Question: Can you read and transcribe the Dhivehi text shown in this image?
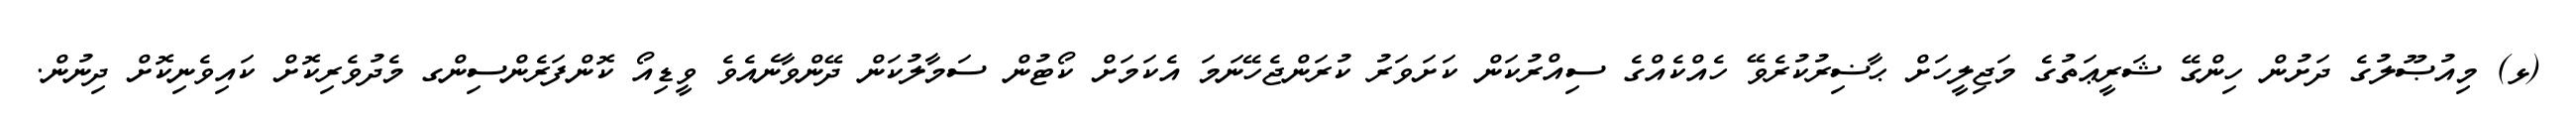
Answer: (ޅ) މިއުޞޫލުގެ ދަށުން ހިންގޭ ޝަރީޢަތުގެ މަޖިލީހަށް ޙާޟިރުކުރެވޭ ހެއްކެއްގެ ސިއްރުކަން ކަށަވަރު ކުރަންޖެހޭނަމަ އެކަމަށް ކޯޓުން ސަމާލުކަން ދޭންވާނެއެވެ ވީޑިއޯ ކޮންފަރެންސިންގ މެދުވެރިކޮށް ކައިވެނިކޮށް ދިނުން.